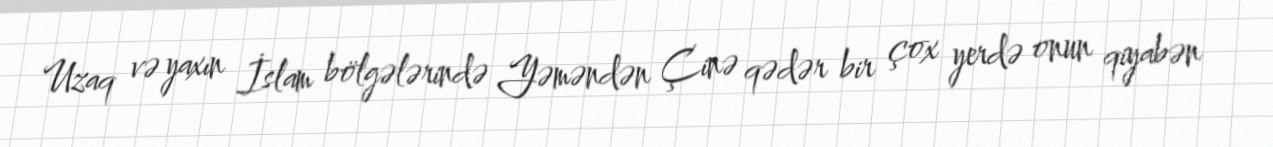
Uzaq və yaxın İslam bölgələrində Yəməndən Çinə qədər bir çox yerdə onun qiyabən